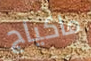
ماكياج